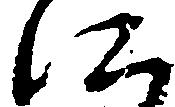
に